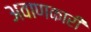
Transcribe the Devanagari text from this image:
अवाणकारी